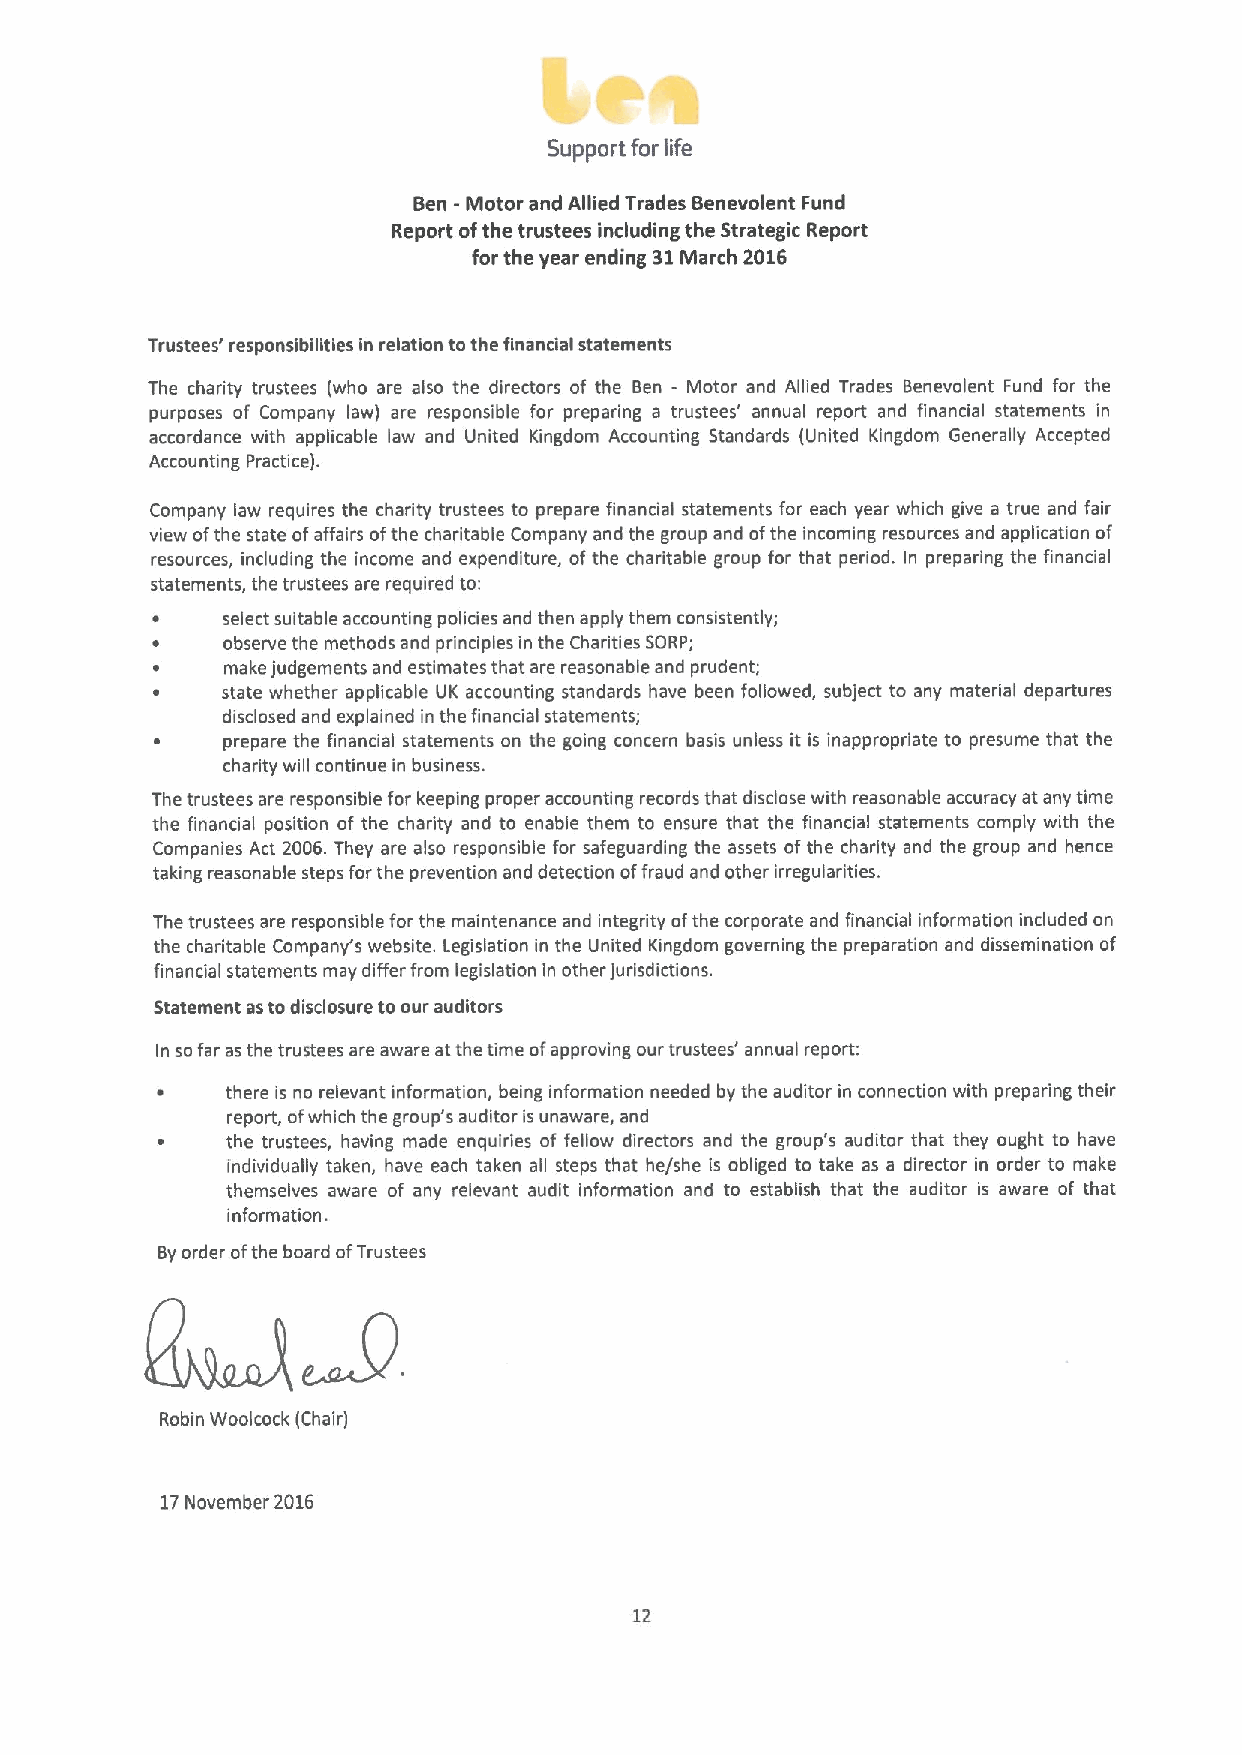
Support for life
 Ben -Motor and Allied Trades Benevolent Fund
 Report ofthe trustees including the Strategic Report
 for the year ending 61March 2016
 Trustees' responsibilities in relation tothe financial statements
 The charity trustees (who are also the directors of the Ben - Motor and Allied Trades Benevolent Fund for the
 purposes of Company law( are responsible for preparing a trustees' annual report and financial statements in
 accordance with applicable law and United Kingdom Accounting Standards (United Kingdom Generally Accepted
 Accounting Practice).
 Company law requires the charity trustees to prepare financial statements for each year which give a true and fair
 view ofthe state ofaffairs ofthe charitable Company and the group and ofthe incoming resources and application of
 resources, including the income and expenditure, ofthe charitable group for that period. In preparing the financial
 statements, the trustees are required to:
 select suitable accounting policies and then apply them consistently;
 observe the methods and principles in the Charities SORP;
 make judgements and estimates that are reasonable and prudent;
 state whether applicable UK accounting standards have been followed, subject to any material departures
 disclosed and explained in the financial statements;
 prepare the financial statements on the going concern basis unless it is inappropriate to presume that the
 charity will continue in business.
 The trustees are responsible for keeping proper accounting records that disclose with reasonable accuracy at any time
 the financial position of the charity and to enable them to ensure that the financial statements comply with the
 Companies Act 2006.They are also responsible for safeguarding the assets ofthe charity and the group and hence
 taking reasonable steps forthe prevention and detection offraud and other irregularities.
 The trustees are responsible for the maintenance and integrity ofthe corporate and financial information included on
 the charitable Company's website. Legislation in the United Kingdom governing the preparation and dissemination of
 financial statements may differ from legislation in other jurisdictions.
 Statement astodisclosure toour auditors
 In sofar asthe trustees are aware atthe time ofapproving our trustees' annual report:
 ~    there is no relevant information, being information needed by the auditor in connection with preparing their
 report, ofwhich the group's auditor is unaware, and
 the trustees, having made enquiries of fellow directors and the group's auditor that they ought to have
 individually taken, have each taken all steps that he/she is obliged to take as a director in order to make
 themselves aware of any relevant audit information and to establish that the auditor is aware of that
 information.
 Byorder ofthe board ofTrustees
 Robin Woolcock (Chair)
 17November 2016
 12